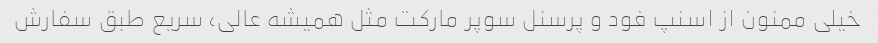
خیلی ممنون از اسنپ فود و پرسنل سوپر مارکت مثل همیشه عالی، سریع طبق سفارش